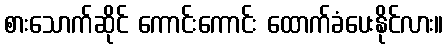
စားသောက်ဆိုင် ကောင်းကောင်း ထောက်ခံပေးနိုင်လား။